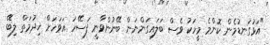
"އަޅުގަނޑުމެން ކޮންމެ މީހަކު ވެސް ބަލައިގަންނަން ބޭނުންވާނީ ފަސޭހަ އަވަހަށް ޚިދުމަތް ލިބޭ